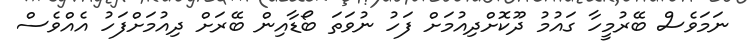
ނަމަވެސް ބޭރުމީހާ ގައުމު ދޫކޮށްދިއުމަށް ފަހު ނުވަތަ ބޯޑާއިން ބޭރަށް ދިއުމަށްފަހު އެއްވެސް